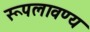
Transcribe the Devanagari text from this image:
रूपलावण्य